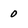
Character: 0